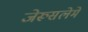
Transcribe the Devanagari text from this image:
जेरूसलेमे